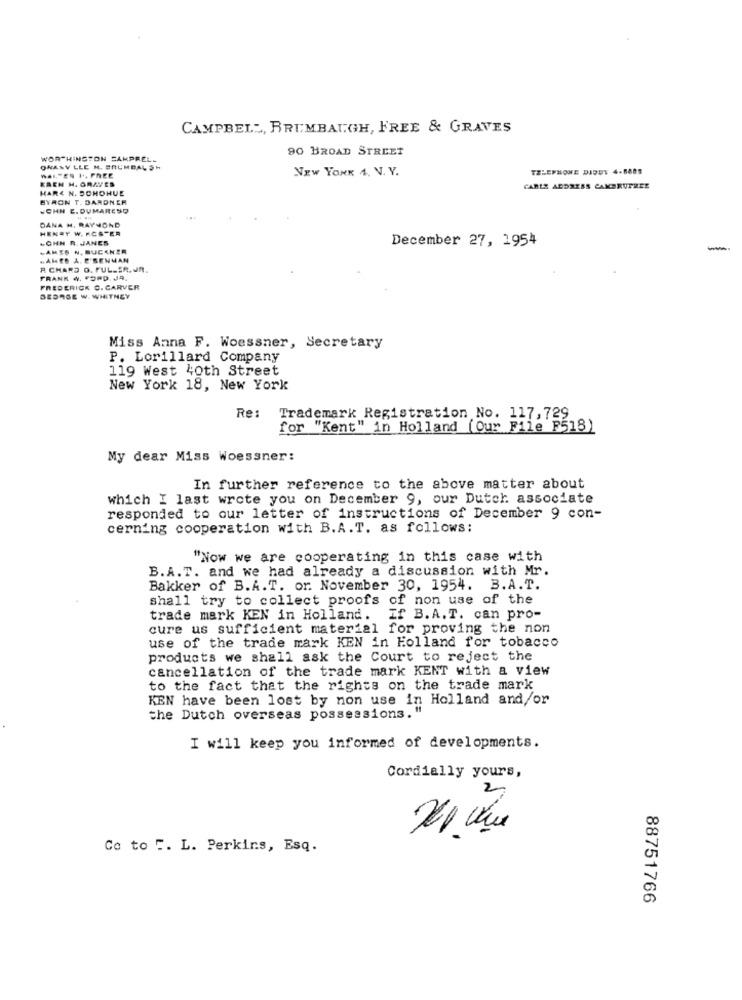
CAMPBELL, BRUMBAUGH, FREE & GRAVES
90 BROAD STREET
WORTHINGTON SAMPREL-
ONASV LLE M. ERUMBAL SH
NEW YORK 4. V. Y.
TELEPHONE DIDDY 4-8685
EREN H. GRAVES
WALTER F .. FREE
HAR4 N. DONOHUE
CARLS ADDRESS CAMERUPEEE
BYRON T. BARDNER
JOHN E. DUMARESQ
DANA M. RAYMOND
HENRY W. ACSTER
.CHN R. JANES
December 27, 1954
.AMES N. BUCKNER
-
.AMED &. C'BENMAN
R CHARD O. PUL-SR. UR.
FRANK 4. FORD. JA.
FREDERICK C. CARVER
GEORGE W. WHITNEY
Miss Anna F. Woessner, Secretary
P. Lorillard Company
119 West 40th Street
New York 18, New York
Re:
Trademark Registration No. 117,729
for "Kent" in Holland (Our File F518)
My dear Miss Woessner:
In further reference to the above matter about
which I last wrote you on December 9, our Dutch associate
responded to our letter of instructions of December 9 con-
cerning cooperation with B.A.T. as follows:
"Now we are cooperating in this case with
B.A.T. and we had already a discussion with Mr.
Bakker of B.A.T. or. November 30, 1954. B.A.T.
shall try to collect proofs of non use of the
trade mark KEN in Holland. If B. A.T. can pro-
cure us sufficient material for proving the non
use of the trade mark KEN in Holland for tobacco
products we shall ask the Court to reject the
cancellation of the trade mark KENT with a view
to the fact that the rights on the trade mark
KEN have been lost by non use in Holland and/or
the Dutch overseas possessions. "
I will keep you informed of developments.
Cordially yours,
2
Co to F. L. Perkins, Esq.
88751766